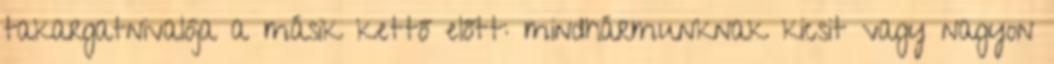
takargatnivalója a másik kettő előtt: mindhármunknak kicsit vagy nagyon